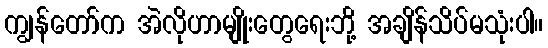
ကျွန်တော်က အဲလိုဟာမျိုးတွေရေးဘို့ အချိန်သိပ်မသုံးပါ။